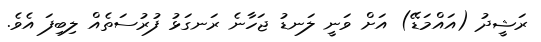
ރަޝީދު (އައްމަޑޭ) އަށް ވަނީ ލަނޑު ޖަހާނެ ރަނގަޅު ފުރުސަތެއް ލިބިފަ އެވެ.